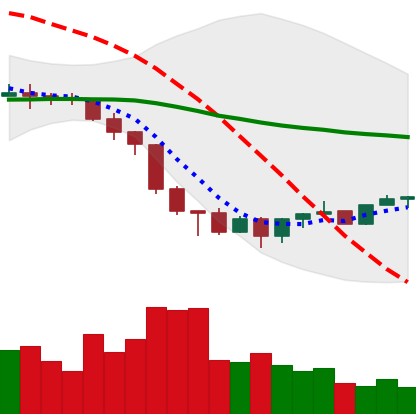
Ticker: XMR-USD
Chart end date: 2022-06-25
Forward return: -11.546%
Label: down_7plus